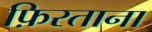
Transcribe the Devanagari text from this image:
फ़िरताना